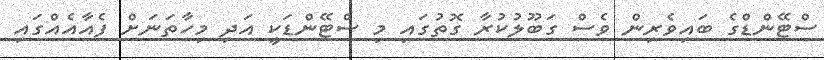
ސްޓޭންޑްގެ ބައިވެރިން ވެސް ގަބޫލުކުރާ ގޮތުގައި މި ސްޓޭންޑަކީ އަދި މިހާތަނަށް ފެއާއެއްގައި